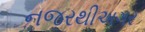
નજરથીઅગર